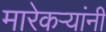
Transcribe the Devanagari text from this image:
मारेकऱ्यांनी